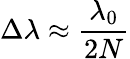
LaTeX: \Delta\lambda\approx\frac{\lambda_{0}}{2N}